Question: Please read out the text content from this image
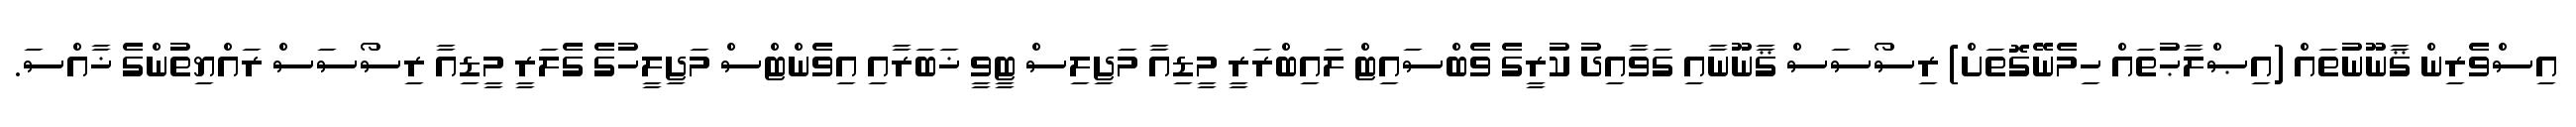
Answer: އިސްވެރިން ޤާނޫނުތައް (އިޞްލާޙުތައް ހިމެނޭގޮތަށް) ރިސޯސަސް ޤާނޫނާއި ގަވާއިދު ކުރީގެ ވެބްސައިޓް ލައިބްރަރީ މީޑިއާ މަޖިލިސް ޓީވީ ޚަބަރާއި އިވެންޓްސް މަޖިލީހުގެ ގެލަރީ މީޑިއާ ރިސޯސަސް ރައްޔިތުންގެ ޚާއްސަ.